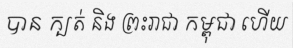
បាន ក្បត់ និង ព្រះរាជា កម្ពុជា ហើយ